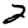
Digit: 2